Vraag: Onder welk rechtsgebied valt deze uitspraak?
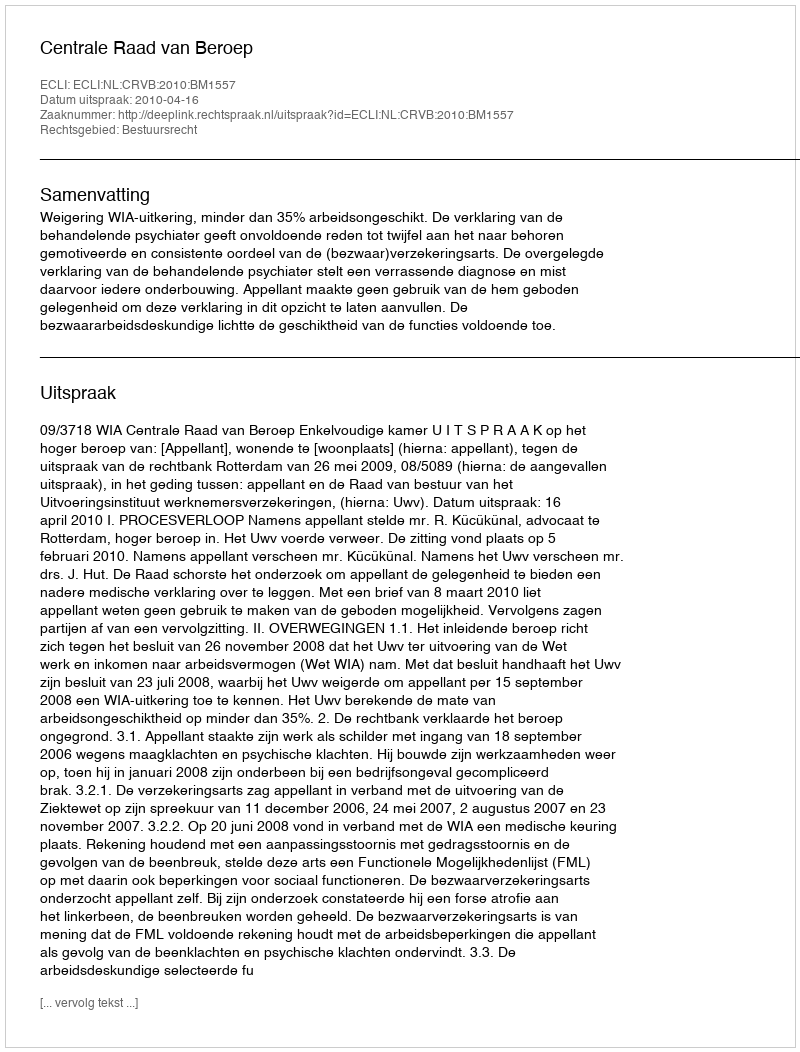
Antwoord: Bestuursrecht